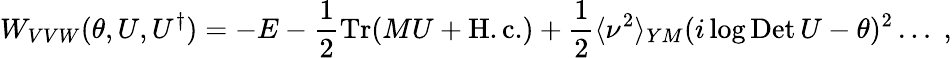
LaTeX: W_{VVW}(\theta,U,U^{\dagger})=-E-\frac{1}{2}\mathrm{Tr}(MU+\mathrm{H.c.})+\frac{1}{2}\langle\nu^{2}\rangle_{YM}(i\log\mathrm{Det}\, U-\theta)^{2}\ldots\; ,